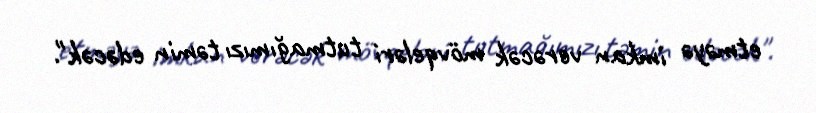
etməyə imkan verəcək mövqeləri tutmağımızı təmin edəcək".